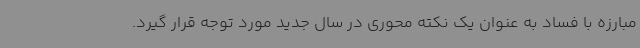
مبارزه با فساد به عنوان یک نکته محوری در سال جدید مورد توجه قرار گیرد.